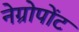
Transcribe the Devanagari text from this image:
नेग्रोपोंट